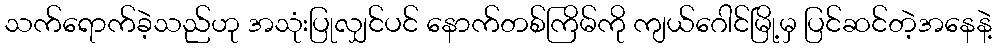
သက်ရောက်ခဲ့သည်ဟု အသုံးပြုလျှင်ပင် နောက်တစ်ကြိမ်ကို ကျယ်ဂေါင်မြို့မှ ပြင်ဆင်တဲ့အနေနဲ့